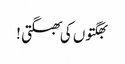
بھگتوں کی بھگتی !